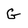
Character: G